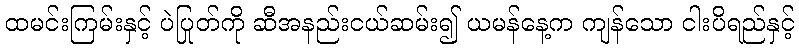
ထမင်းကြမ်းနှင့် ပဲပြုတ်ကို ဆီအနည်းငယ်ဆမ်း၍ ယမန်နေ့က ကျန်သော ငါးပိရည်နှင့်